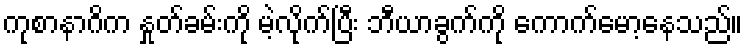
ကုစာနာဂိက နှုတ်ခမ်းကို မဲ့လိုက်ပြီး ဘီယာခွက်ကို ကောက်မော့နေသည်။